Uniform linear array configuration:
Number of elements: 24
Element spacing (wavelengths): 1
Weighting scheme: hamming
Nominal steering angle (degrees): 30
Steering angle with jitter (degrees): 29.163
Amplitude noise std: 0.05
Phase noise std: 0.05

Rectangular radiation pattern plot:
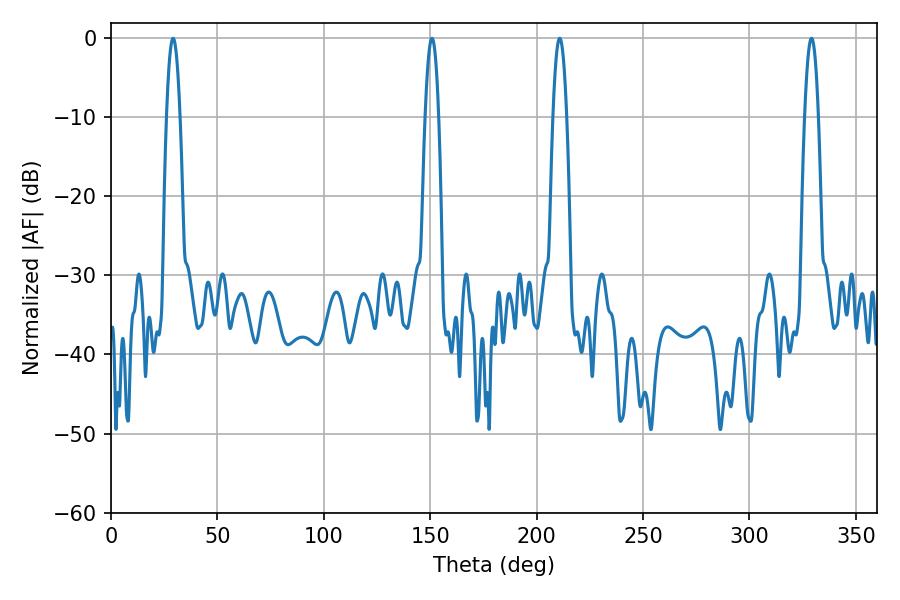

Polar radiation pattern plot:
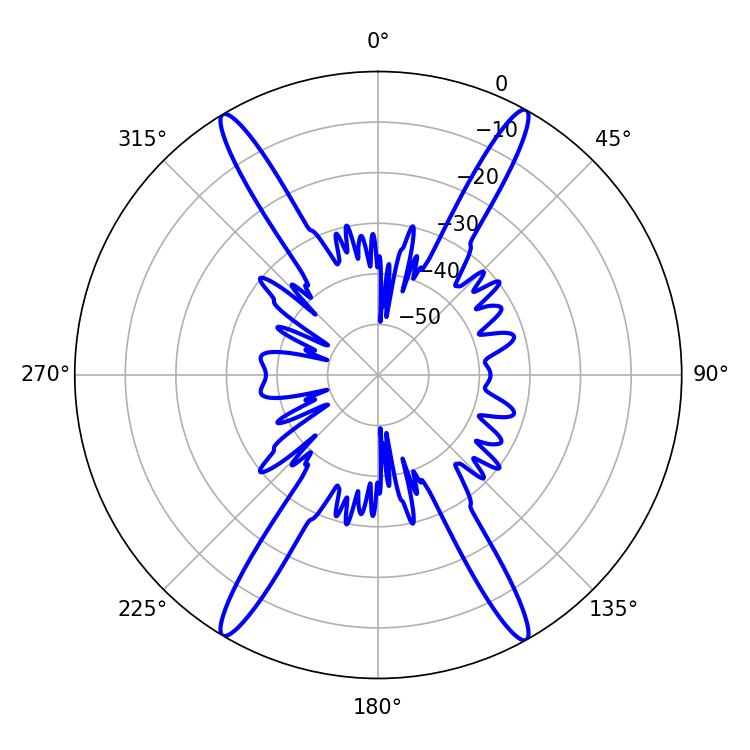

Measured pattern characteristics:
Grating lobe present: TRUE
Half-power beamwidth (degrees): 3.42
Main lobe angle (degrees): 29.16